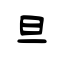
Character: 旦